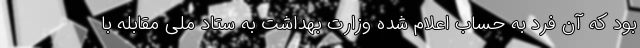
بود که آن فرد به حساب اعلام شده وزارت بهداشت به ستاد ملی مقابله با